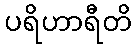
ပရိဟာရီတိ